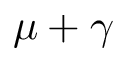
\mu + \gamma